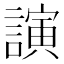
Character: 𮘵